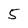
Character: 5